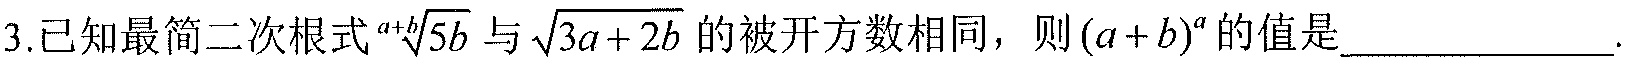
3.已知最简二次根式\(\sqrt[a + b]{5b}\)与\(\sqrt{3a + 2b}\)的被开方数相同，则\((a + b)^a\)的值是_____________.